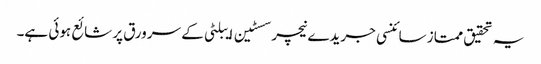
یہ تحقیق ممتاز سائنسی جریدے نیچر سسٹین ایبلٹی کے سرورق پر شائع ہوئی ہے۔